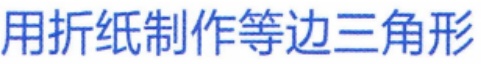
用折纸制作等边三角形